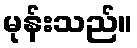
မုန်းသည်။